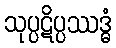
သုပ္ပဋိပ္ပဿဒ္ဓံ